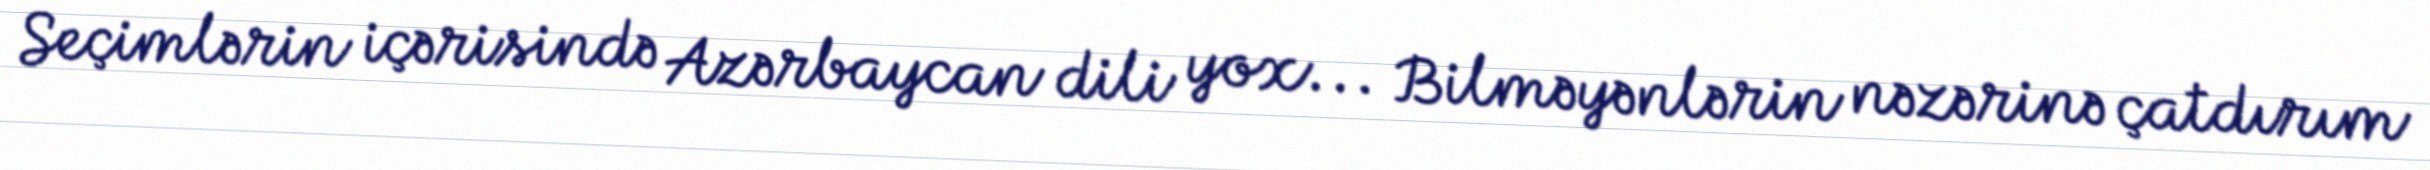
Seçimlərin içərisində Azərbaycan dili yox... Bilməyənlərin nəzərinə çatdırım